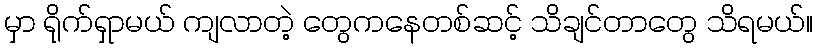
မှာ ရိုက်ရှာမယ် ကျလာတဲ့ တွေကနေတစ်ဆင့် သိချင်တာတွေ သိရမယ်။